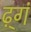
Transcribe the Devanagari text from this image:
ढ़्गं